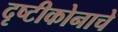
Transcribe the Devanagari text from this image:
दृष्टीकोनाचे